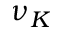
\nu _ { K }